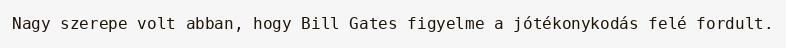
Nagy szerepe volt abban, hogy Bill Gates figyelme a jótékonykodás felé fordult.